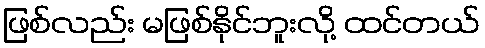
ဖြစ်လည်း မဖြစ်နိုင်ဘူးလို့ ထင်တယ်